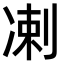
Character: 𫥑